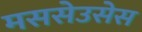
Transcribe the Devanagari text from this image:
मससेउसेस